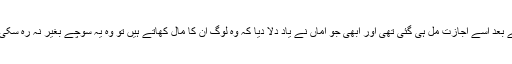
اور وہ پہلی دفعہ اتنی جنونی ہو کر بولی تھی کہ مزید دس منٹ کی بحث کے بعد اسے اجازت مل ہی گئی تھی اور ابھی جو اماں نے یاد دلا دیا کہ وہ لوگ ان کا مال کھاتے ہیں تو وہ یہ سوچے بغیر نہ رہ سکی کہ کچھ ایسا ضرور ہے کہ آغا جان اس بیس سال کی لڑکی سے خائف ہیں۔